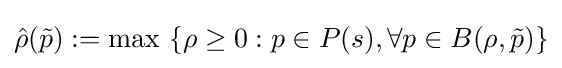
{\hat {\rho }}({\tilde {p}}):=\max \ \{\rho \geq 0:p\in P(s),\forall p\in B(\rho ,{\tilde {p}})\}